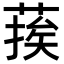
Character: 𮐉